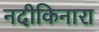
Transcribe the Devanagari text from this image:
नदीकिनारा